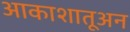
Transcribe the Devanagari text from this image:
आकाशातूअन